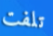
تلفت